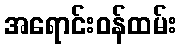
အရောင်းဝန်ထမ်း